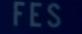
FES